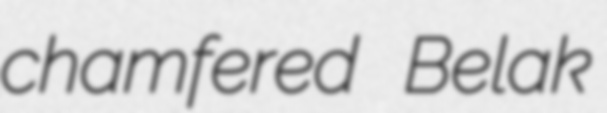
chamfered Belak